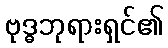
ဗုဒ္ဓဘုရားရှင်၏